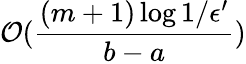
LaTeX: \mathcal{O}(\frac{(m+1)\log{1/\epsilon^{\prime}}}{b-a})